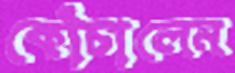
কোঁচালেন